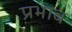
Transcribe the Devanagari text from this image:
प्रभाब